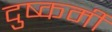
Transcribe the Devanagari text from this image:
दुष्कर्मी